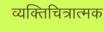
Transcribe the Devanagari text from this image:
व्यक्तिचित्रात्मक